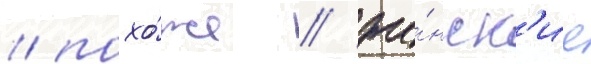
/ похо́же / же́нск'ие